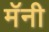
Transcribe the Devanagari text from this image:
मॅनी